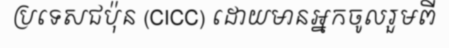
ប្រទេសជប៉ុន (CICC) ដោយមានអ្នកចូលរួមពី